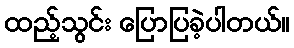
ထည့်သွင်း ပြောပြခဲ့ပါတယ်။